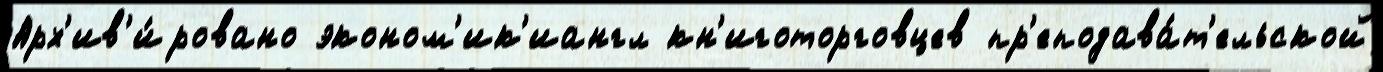
Арх'ив'и́ровано эконом'ик'иангл кн'иготорговцев пр'еподава́т'ельской